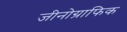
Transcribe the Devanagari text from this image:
जीनोग्राफिक